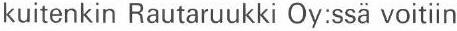
kuitenkin Rautaruukki Oy:ssä voitiin